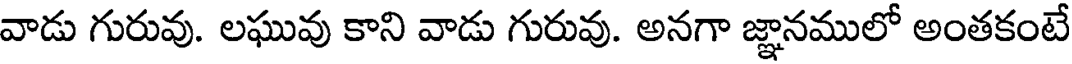
వాడు గురువు. లఘువు కాని వాడు గురువు. అనగా జ్ఞానములో అంతకంటే